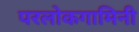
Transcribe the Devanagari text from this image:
परलोकगामिनी